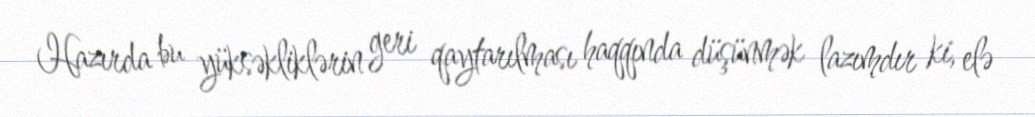
Hazırda bu yüksəkliklərin geri qaytarılması haqqında düşünmək lazımdır ki, elə